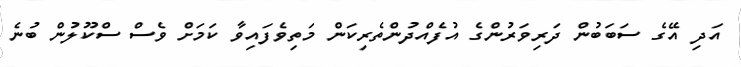
އަދި އޭގެ ސަބަބުން ދަރިވަރުންގެ އުފެއްދުންތެރިކަން މަތިވެފައިވާ ކަމަށް ވެސް ސްކޫލުން ބުނެ